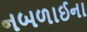
નબળાઈના